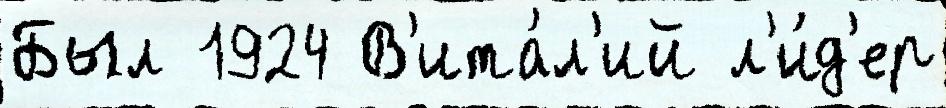
Был 1924 В'ита́л'ий л'и́д'ер